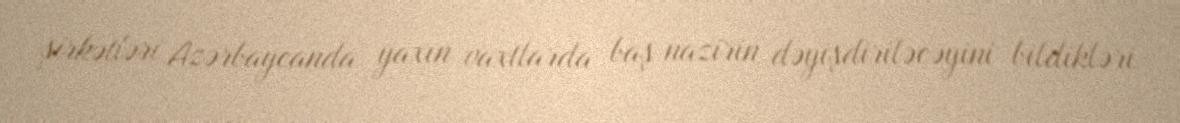
şirkətləri Azərbaycanda yaxın vaxtlarda baş nazirin dəyişdiriləcəyini bildikləri